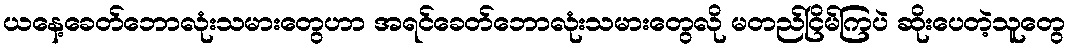
ယနေ့ခေတ်ဘောလုံးသမားတွေဟာ အရင်ခေတ်ဘောလုံးသမားတွေလို မတည်ငြိမ်ကြပဲ ဆိုးပေတဲ့သူတွေ